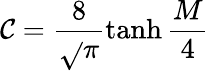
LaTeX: \mathcal{C}=\frac{{8}}{{\sqrt{}{{\pi}}}}\operatorname{tanh}\frac{{M}}{{4}}